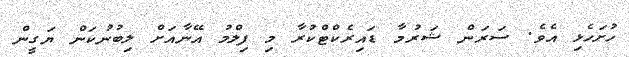
ހުށަހެޅި އެވެ. ސަރަން ޝަރުމާ ޑައިރެކްޓްކުރާ މި ފިލްމު އޭނާއަށް ލިބުނުކަން ޔަގީން